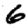
Digit: 6